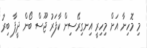
މި މޮހިނާ އަށް މިހިރީ އިނގިރޭސިން ކާފަރު ޖޫސް ބޯން ދީފާ ބިރު